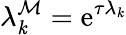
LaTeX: \lambda_{\mathit{k}}^{\mathcal{{M}}}=\operatorname{e}^{\tau\lambda_{\mathit{k}}}